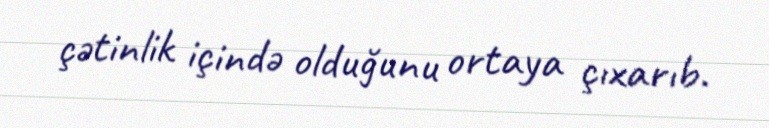
çətinlik içində olduğunu ortaya çıxarıb.